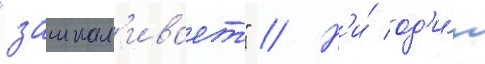
"зашкал'ивает" // Н'и́ од'и́н